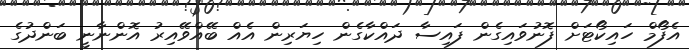
އެފޯމް ހައިކޯޓަށް ފޮނުވައިގެން ފައިސާ ދައްކާގެން ހިޔަރިން އެއް ބޭއްވޭއިރު އޮންނާނީ ބަންދުގެ